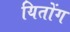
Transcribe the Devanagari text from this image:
यितोंग